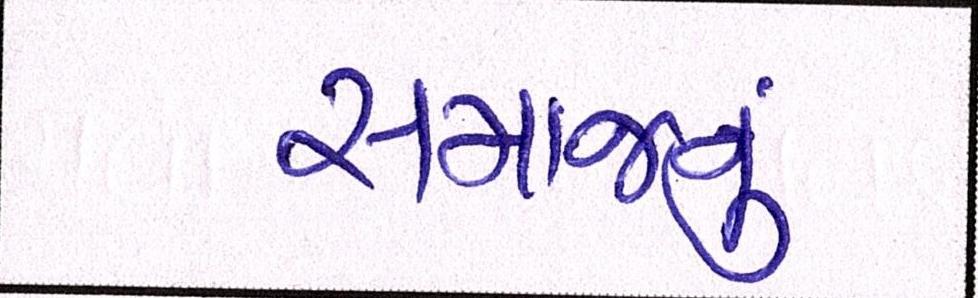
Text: સમાજનું